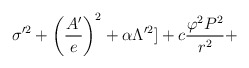
\begin{align*}\sigma'^2 + \left(\frac{A'}{e}\right)^2 + \alpha \Lambda'^2] + c\frac{\varphi^2 P^2}{r^2} +\end{align*}